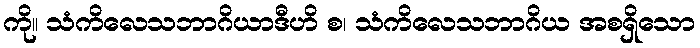
ကို။ သံကိလေသဘာဂိယာဒီဟိ စ၊ သံကိလေသဘာဂိယ အစရှိသော